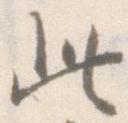
此